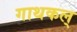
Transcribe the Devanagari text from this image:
गाथकल्